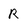
Character: R